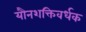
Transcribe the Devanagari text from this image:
यौनशक्तिवर्धक